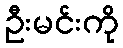
ဦးမင်းကို